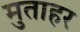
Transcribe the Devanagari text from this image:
मुताहर